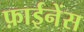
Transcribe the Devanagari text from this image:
फ़ाईनेंस